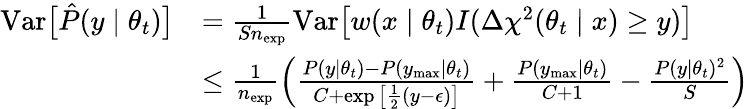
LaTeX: \begin{array}{rl}{\mathrm{\mathop{Var}}\big[\hat{P}(y\mid\theta_{t})\big]}&{=\frac{1}{Sn_{\mathrm{exp}}}\mathrm{\mathop{Var}}\big[w(x\mid\theta_{t})I(\Delta\chi^{2}(\theta_{t}\mid x)\ge y)\big]}\\ &{\le\frac{1}{n_{\mathrm{exp}}}\left(\frac{P(y\mid\theta_{t})-P(y_{\mathrm{max}}\mid\theta_{t})}{C+\exp\big[\frac{1}{2}(y-\epsilon)\big]}+\frac{P(y_{\mathrm{max}}\mid\theta_{t})}{C+1}-\frac{P(y\mid\theta_{t})^{2}}{S}\right)}\end{array}